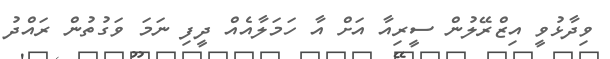
ވިދާޅުވީ އިޒްރޭލުން ސީރިއާ އަށް އާ ހަމަލާއެއް ދީފި ނަމަ ވަގުތުން ރައްދު